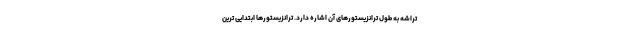
تراشه به طول ترانزیستورهای آن اشاره دارد. ترانزیستورها ابتدایی ترین